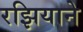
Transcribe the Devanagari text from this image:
रझियाने